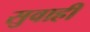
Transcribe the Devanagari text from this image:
सुवाही